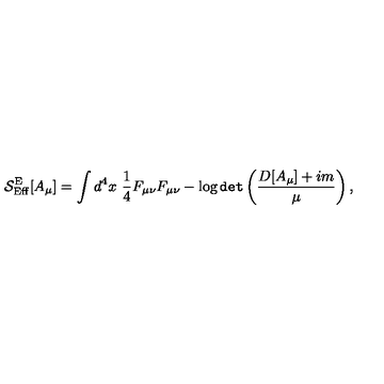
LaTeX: { \cal S } _ { \mathrm { E f f } } ^ { \mathrm { E } } [ A _ { \mu } ] = \int d ^ { 4 } x \ \frac { 1 } { 4 } F _ { \mu \nu } F _ { \mu \nu } - \log { \tt d e t } \left( \frac { D [ A _ { \mu } ] + i m } { \mu } \right) ,